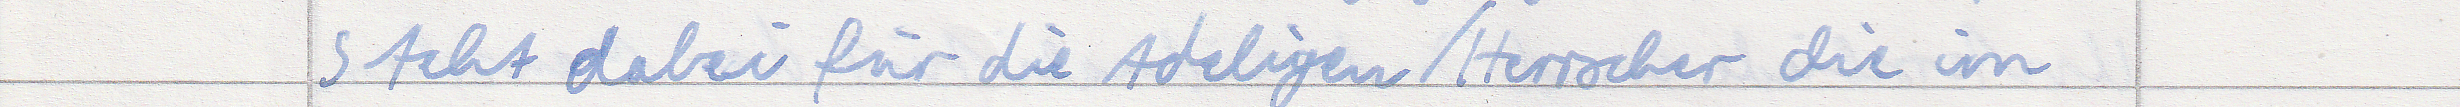
steht dabei für die Adeligen / Herrscher die im